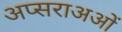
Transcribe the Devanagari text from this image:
अप्सराअओं